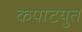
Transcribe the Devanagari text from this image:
कपाटयुत